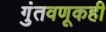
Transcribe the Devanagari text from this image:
गुंतवणूकही